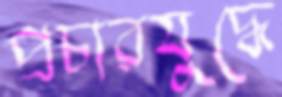
প্রচারযুদ্ধে